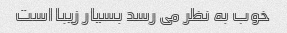
خوب به نظر می رسد بسیار زیبا است